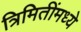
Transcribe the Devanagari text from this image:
त्रिमितींमध्ये